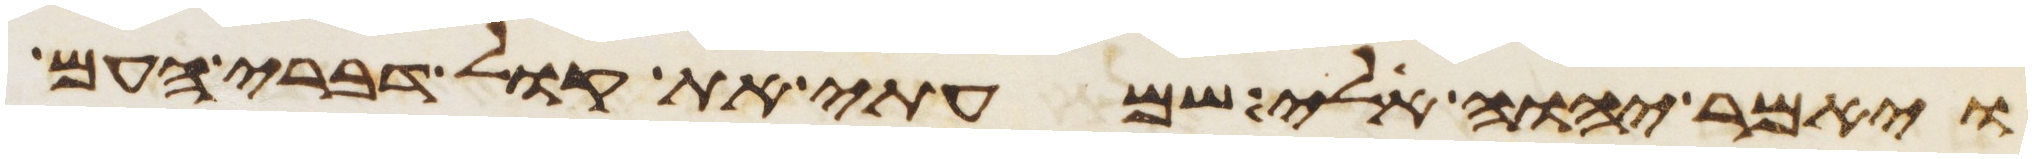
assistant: ויאמר יהוה אלי שמעתי את קול דברי העם